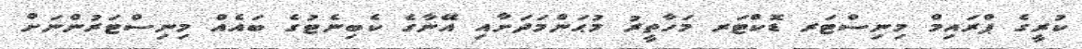
ކުރީގެ ޕްރައިމް މިނިސްޓަރ ޑޮކްޓަރ މަހާތީރު މުޙަންމަދަށާއި އޭނާގެ ކެބިނެޓުގެ ބައެއް މިނިސްޓަރުންނަށް